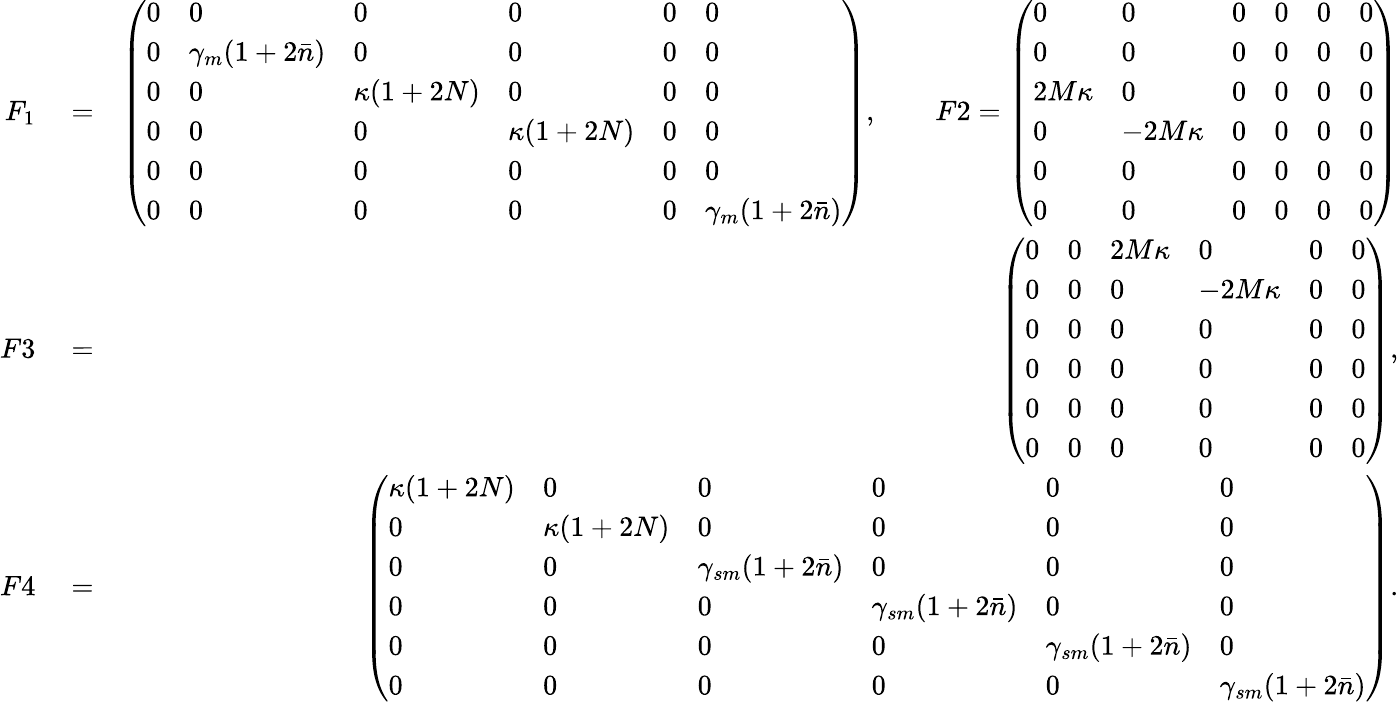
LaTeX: \begin{array}{rlr}{F_{1}}&{{}=}&{\left(\begin{array}{llllll}{0}&{0}&{0}&{0}&{0}&{0}\\ {0}&{\gamma_{m}(1+2\bar{n})}&{0}&{0}&{0}&{0}\\ {0}&{0}&{\kappa(1+2N)}&{0}&{0}&{0}\\ {0}&{0}&{0}&{\kappa(1+2N)}&{0}&{0}\\ {0}&{0}&{0}&{0}&{0}&{0}\\ {0}&{0}&{0}&{0}&{0}&{\gamma_{m}(1+2\bar{n})}\end{array}\right),\quad\quad F2=\left(\begin{array}{llllll}{0}&{0}&{0}&{0}&{0}&{0}\\ {0}&{0}&{0}&{0}&{0}&{0}\\ {2M\kappa}&{0}&{0}&{0}&{0}&{0}\\ {0}&{-2M\kappa}&{0}&{0}&{0}&{0}\\ {0}&{0}&{0}&{0}&{0}&{0}\\ {0}&{0}&{0}&{0}&{0}&{0}\end{array}\right)}\\ {F3}&{{}=}&{\left(\begin{array}{llllll}{0}&{0}&{2M\kappa}&{0}&{0}&{0}\\ {0}&{0}&{0}&{-2M\kappa}&{0}&{0}\\ {0}&{0}&{0}&{0}&{0}&{0}\\ {0}&{0}&{0}&{0}&{0}&{0}\\ {0}&{0}&{0}&{0}&{0}&{0}\\ {0}&{0}&{0}&{0}&{0}&{0}\end{array}\right),}\\ {F4}&{{}=}&{\left(\begin{array}{llllll}{\kappa(1+2N)}&{0}&{0}&{0}&{0}&{0}\\ {0}&{\kappa(1+2N)}&{0}&{0}&{0}&{0}\\ {0}&{0}&{\gamma_{sm}(1+2\bar{n})}&{0}&{0}&{0}\\ {0}&{0}&{0}&{\gamma_{sm}(1+2\bar{n})}&{0}&{0}\\ {0}&{0}&{0}&{0}&{\gamma_{sm}(1+2\bar{n})}&{0}\\ {0}&{0}&{0}&{0}&{0}&{\gamma_{sm}(1+2\bar{n})}\end{array}\right).}\end{array}